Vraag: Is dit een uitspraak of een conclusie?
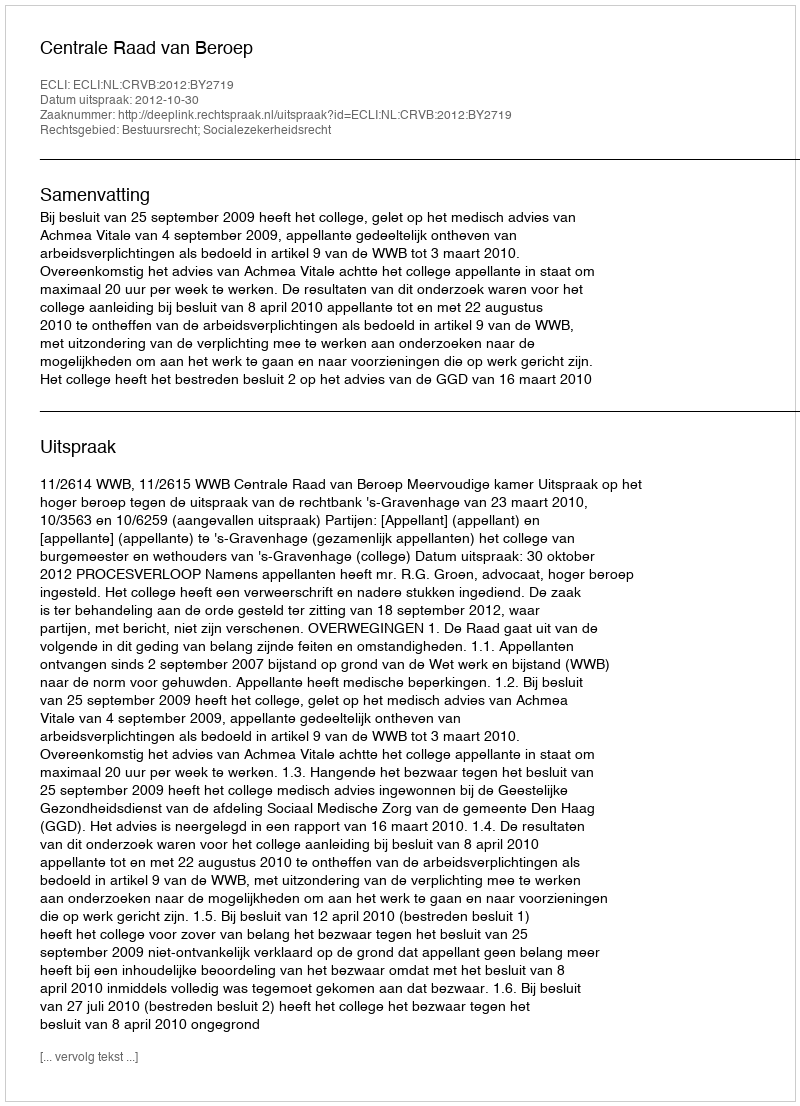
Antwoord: Uitspraak